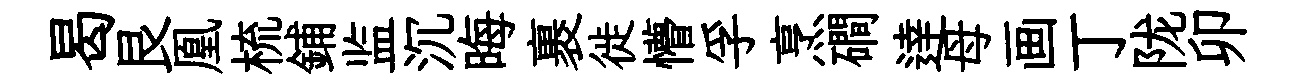
曷艮凰梳鋪监沉晦裹徙懵孚烹磵逹母画丁陇卯